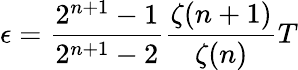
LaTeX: \epsilon=\frac{2^{n+1}-1}{2^{n+1}-2}\frac{\zeta(n+1)}{\zeta(n)}T